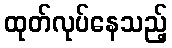
ထုတ်လုပ်နေသည့်